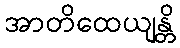
အာတိထေယျန္တိ